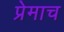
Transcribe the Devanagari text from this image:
प्रेमाच